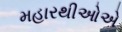
મહારથીઓએ